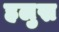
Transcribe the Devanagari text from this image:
हलुस्र